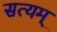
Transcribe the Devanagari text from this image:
सत्‍यम्